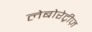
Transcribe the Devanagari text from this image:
लेबोरेट्रीज़